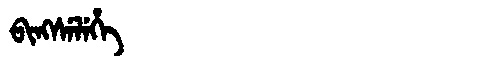
Manchu: ᠪᡳᠩᠰᡝᠯᡝᡥᡝ
Romanization: BINGSELEHE